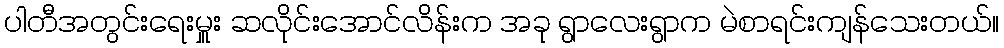
ပါတီအတွင်းရေးမှူး ဆလိုင်းအောင်လိန်းက အခု ရွာလေးရွာက မဲစာရင်းကျန်သေးတယ်။